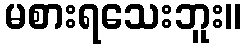
မစားရသေးဘူး။